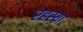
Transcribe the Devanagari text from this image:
रहस्या